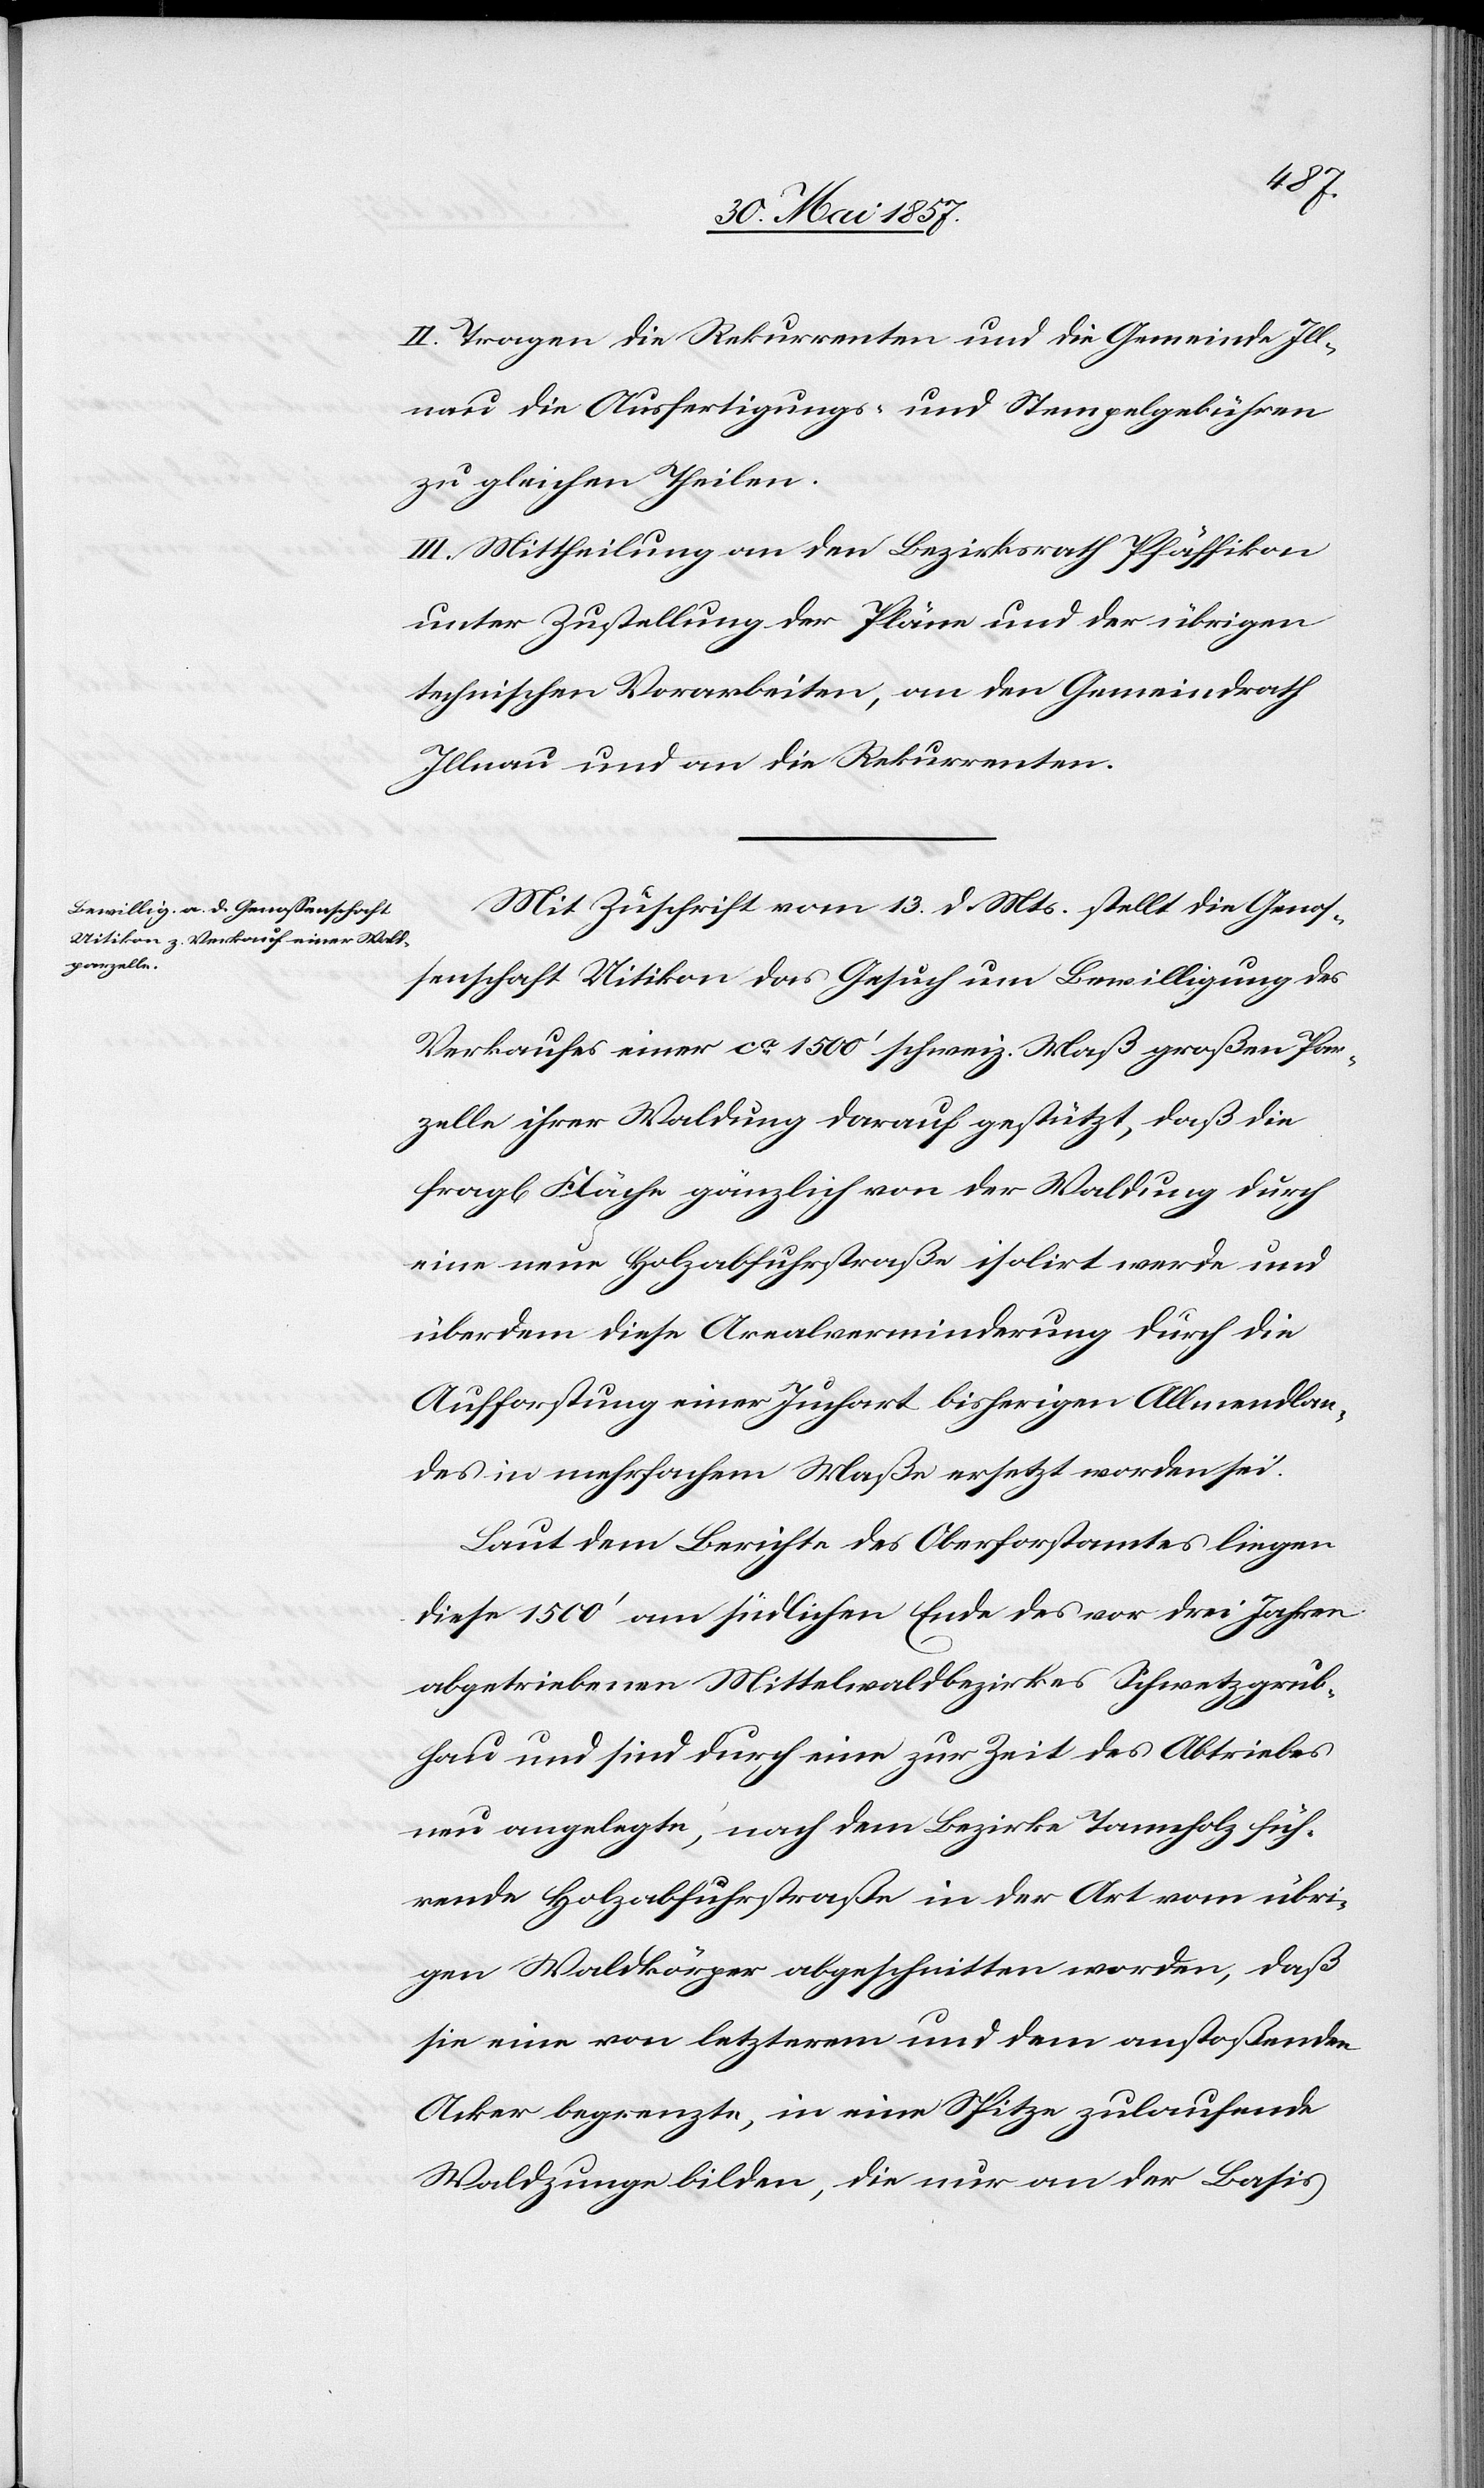
II. Tragen die Rekurrenten und die Gemeinde Ill¬
nau die Ausfertigungs- u. Stempelgebühren
zu gleichen Theilen.
III. Mittheilung an den Bezirksrath Pfäffikon
unter Zustellung der Pläne und der übrigen
technischen Vorarbeiten, an den Gemeindrath
Illnau und an die Rekurrenten.
Mit Zuschrift vom 13 d. Mts. stellt die Genos¬
senschaft Uitikon das Gesuch um Bewilligung des
Verkaufes einer ca 1500’ schweiz. Maß großen Par¬
zelle ihrer Waldung darauf gestützt, daß die
fragl. Fläche gänzlich von der Waldung durch
eine neue Holzabfuhrstraße isolirt werde und
überdem diese Arealverminderung durch die
Aufforstung einer Juchart bisherigen Allmendlan¬
des in mehrfachem Maße ersetzt worden sei.
Laut dem Berichte des Oberforstamtes liegen
diese 1500’ am südlichen Ende des vor drei Jahren
abgetriebenen Mittelwaldbezirkes Schwetzgrub¬
hau und sind durch eine zur Zeit des Abtriebes
neu angelegte, nach dem Bezirke Tannholz füh¬
rende Holzabfuhrstraße in der Art vom übri¬
gen Waldkörper abgeschnitten worden, daß
sie eine von letzterem und dem anstoßenden
Acker begrenzte, in eine Spitze zulaufende
Waldzunge bilden, die nur an der Basis